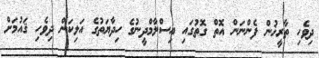
ދިވެހި ތާރީޚުން ފެންނަން އޮތް ގޮތުގައި އިސްލާމްދީނުގެ ހިދާޔަތުގެ އަލިކަން ދިވެހި ޤައުމަށް